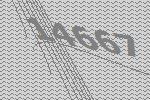
14667